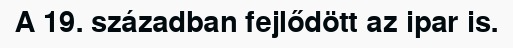
A 19. században fejlődött az ipar is.